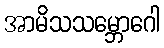
အာမိသသမ္ဘောဂေါ